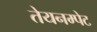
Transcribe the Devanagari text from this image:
तेयनम्पेट